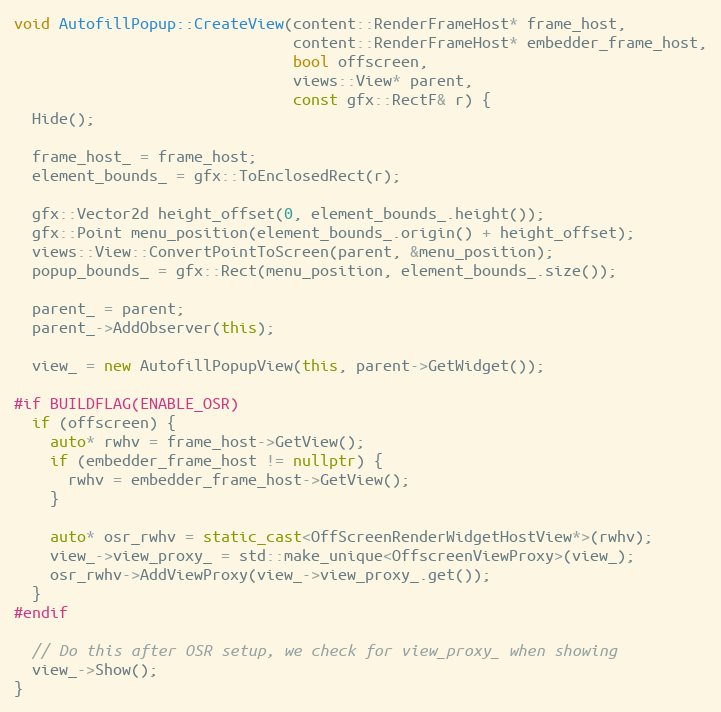
Language: C++
void AutofillPopup::CreateView(content::RenderFrameHost* frame_host,
                               content::RenderFrameHost* embedder_frame_host,
                               bool offscreen,
                               views::View* parent,
                               const gfx::RectF& r) {
  Hide();

  frame_host_ = frame_host;
  element_bounds_ = gfx::ToEnclosedRect(r);

  gfx::Vector2d height_offset(0, element_bounds_.height());
  gfx::Point menu_position(element_bounds_.origin() + height_offset);
  views::View::ConvertPointToScreen(parent, &menu_position);
  popup_bounds_ = gfx::Rect(menu_position, element_bounds_.size());

  parent_ = parent;
  parent_->AddObserver(this);

  view_ = new AutofillPopupView(this, parent->GetWidget());

#if BUILDFLAG(ENABLE_OSR)
  if (offscreen) {
    auto* rwhv = frame_host->GetView();
    if (embedder_frame_host != nullptr) {
      rwhv = embedder_frame_host->GetView();
    }

    auto* osr_rwhv = static_cast<OffScreenRenderWidgetHostView*>(rwhv);
    view_->view_proxy_ = std::make_unique<OffscreenViewProxy>(view_);
    osr_rwhv->AddViewProxy(view_->view_proxy_.get());
  }
#endif

  // Do this after OSR setup, we check for view_proxy_ when showing
  view_->Show();
}